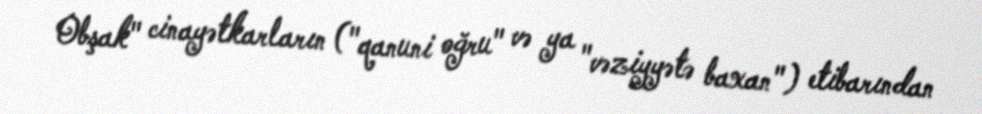
Obşak" cinayətkarların ("qanuni oğru" və ya "vəziyyətə baxan") etibarından